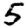
Digit: 5